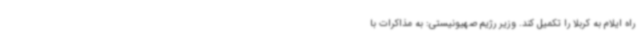
راه ایلام به کربلا را تکمیل کند. وزیر رژیم صهیونیستی: به مذاکرات با